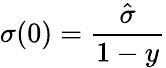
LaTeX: \sigma(0)=\frac{\hat{\sigma}}{1-y}